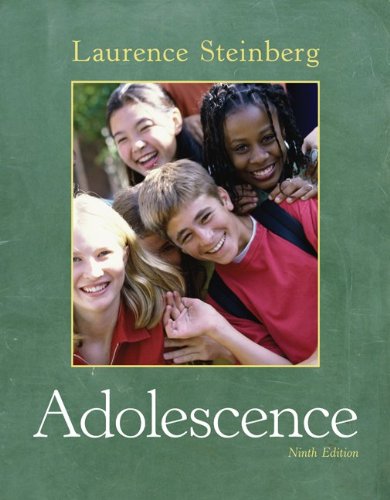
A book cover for Adolescence; Laurence Steinberg; Medical Books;